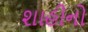
શાહીનો